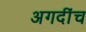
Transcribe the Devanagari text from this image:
अगदींच